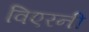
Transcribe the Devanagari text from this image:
विएरनी